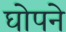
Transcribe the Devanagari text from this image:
घोपने